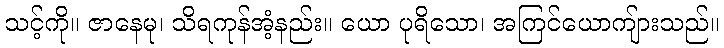
သင့်ကို။ ဇာနေမု၊ သိရကုန်အံ့နည်း။ ယော ပုရိသော၊ အကြင်ယောကျ်ားသည်။